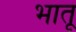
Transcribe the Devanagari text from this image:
भातू